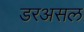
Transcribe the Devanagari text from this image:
डरअसल